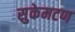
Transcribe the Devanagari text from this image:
सुकेमटण